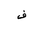
Letter: _fa